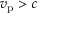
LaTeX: v _ { \mathrm { p } } > c